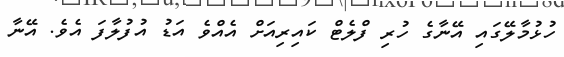
ހުޅުމާލޭގައި އޭނާގެ ހުރި ފްލެޓް ކައިރިއަށް އެއްވެ އަޑު އުފުލާފަ އެވެ. އޭނާ